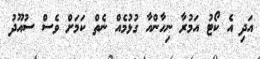
އަދި އެ ކޯޓު އަމުރާ ނިހާންއާ ގުޅުމެއް ނެތް ކަމަށް ވެސް ސުއޫދު